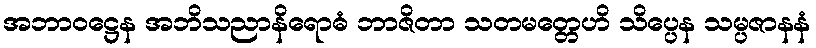
အဘာဝဋ္ဌေန အဘိသညာနိရောဓံ ဘာဇိတာ သတမတ္တေဟိ သိပ္ပေန သမ္ပဇာနနံ